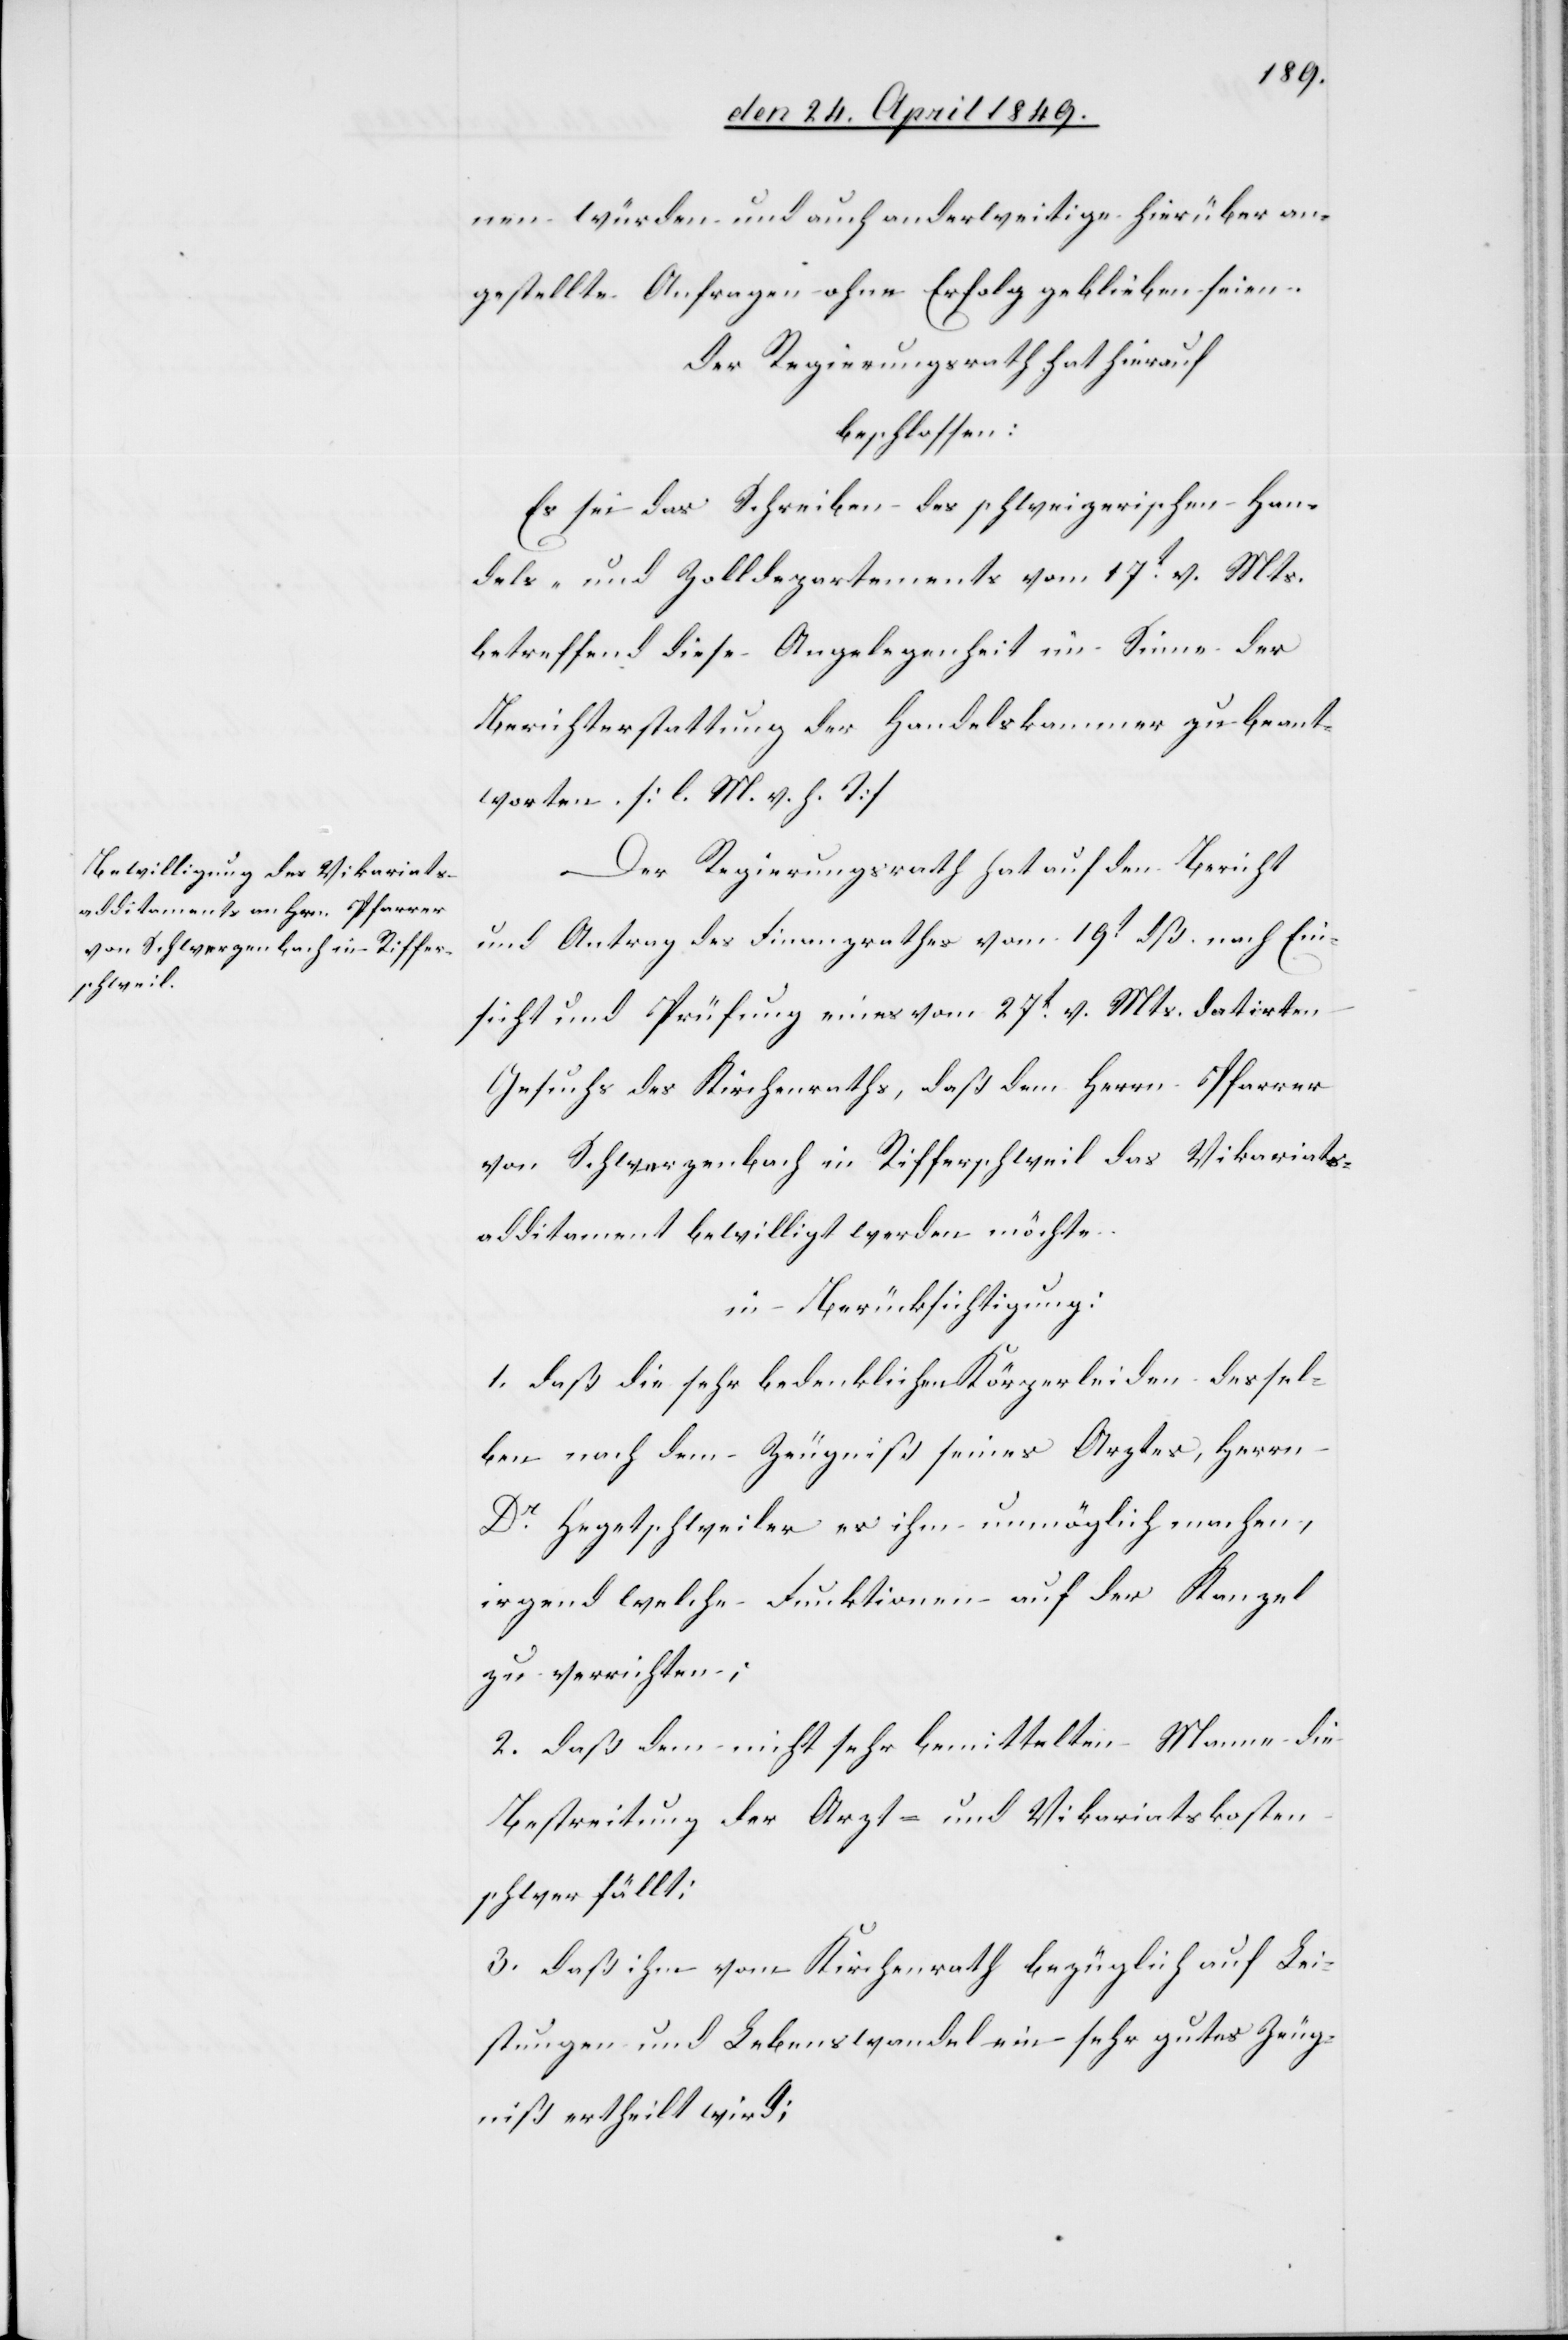
nen würden und auch anderweitige hierüber an¬
gestellte Anfragen ohne Erfolg geblieben seien
Der Regierungsrath hat hierauf
beschlossen:
Es sei das Schreiben des schweizerischen Han¬
dels- und Zolldepartements vom 17t v. Mts.
betreffend diese Angelegenheit im Sinne der
Berichterstattung der Handelskammer zu beant¬
worten. [l. M. h. T]
Der Regierungsrath hat auf den Bericht
und Antrag des Finanzrathes vom 19t dß. nach Ein¬
sicht und Prüfung eines vom 27t v. Mts. datirten
Gesuchs des Kirchenraths, daß dem Herrn Pfarrer
von Schwerzenbach in Rifferschweil das Vikariats¬
additament bewilligt werden möchte
in Berücksichtigung:
1. daß die sehr bedenklichen Körperleiden dessel¬
ben nach dem Zeugniß seines Arztes, Herrn
Dr Hegetschweiler es ihm unmöglich machen,
irgend welche Funktionen auf der Kanzel
zu verrichten;
2. daß dem nicht sehr bemittelten Manne die
Bestreitung der Arzt- und Vikariatskosten
schwer fällt:
3. daß ihm vom Kirchenrath bezüglich auf Lei¬
stungen und Lebenswandel ein sehr gutes Zeug¬
niß ertheilt wird;